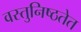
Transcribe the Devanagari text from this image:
वस्तुनिष्ठतेत